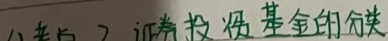
证券投资基金的分类